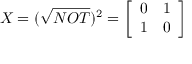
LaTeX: X = ( { \sqrt { N O T } } ) ^ { 2 } = { \left[ \begin{array} { l l } { 0 } & { 1 } \\ { 1 } & { 0 } \end{array} \right] }